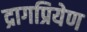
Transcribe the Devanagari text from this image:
द्रागप्रियेण